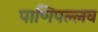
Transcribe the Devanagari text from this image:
पाणिपल्लव